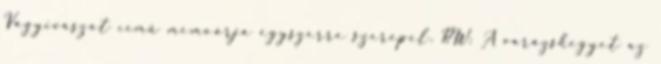
Vágyivászat című memoárja egyszerre szerepel. RW: A varázshegyet az